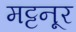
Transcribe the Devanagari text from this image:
मट्टनूर